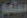
معلم